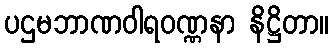
ပဌမဘာဏဝါရဝဏ္ဏနာ နိဋ္ဌိတာ။